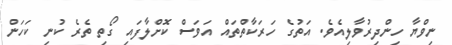
ނިވްޔާ ހިންދިރުވާލިއެވެ. އަތުގެ ހަރަކާތްތައް އަވަސް ކޮށްލާފައި ގޯތި ތެރެ ކުނި ކަހަން